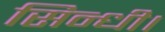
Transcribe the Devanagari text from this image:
सिन्धी।